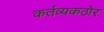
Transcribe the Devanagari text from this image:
कर्तव्यकठोर